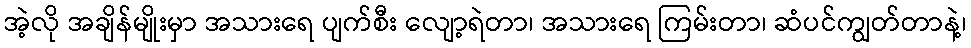
အဲ့လို အချိန်မျိုးမှာ အသားရေ ပျက်စီး လျော့ရဲတာ၊ အသားရေ ကြမ်းတာ၊ ဆံပင်ကျွတ်တာနဲ့၊